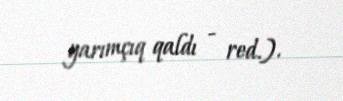
yarımçıq qaldı - red.).